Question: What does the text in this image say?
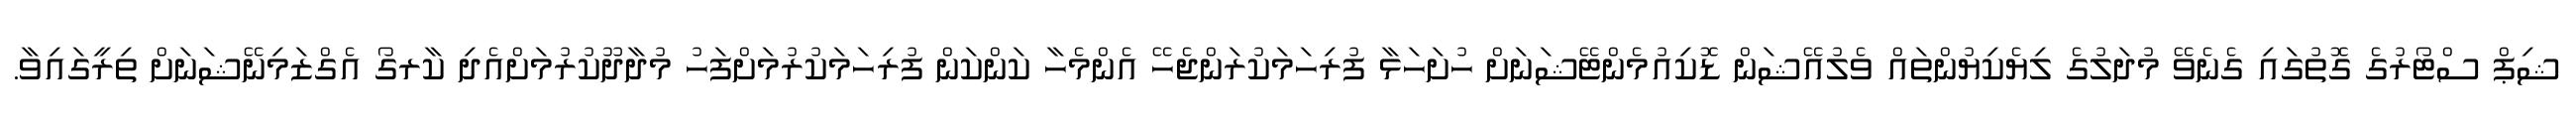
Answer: ޝިޕް ސްޓޯރުގެ ގޮތުގައި ގެނެވޭ މުދަލުގެ ލިޔެކިޔުންތައް ވެލުއޭޝަން ޑޮކިއުމެންޓޭޝަނަށް ހުށަހަޅާ ފުރިހަމަކުރަންޖެހޭ އެންމެހާ ކަންކަން ފުރިހަމަކުރުމަށްފަހު މުދާދޫކުރުމަށްއެދި ކާރގޯ އެގްޒަމިނޭޝަނަށް ތިރީގައިވާ.